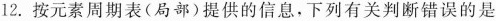
12.按元素周期表(局部)提供的信息，下列有关判断错误的是